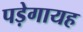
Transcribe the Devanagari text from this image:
पड़ेगायह